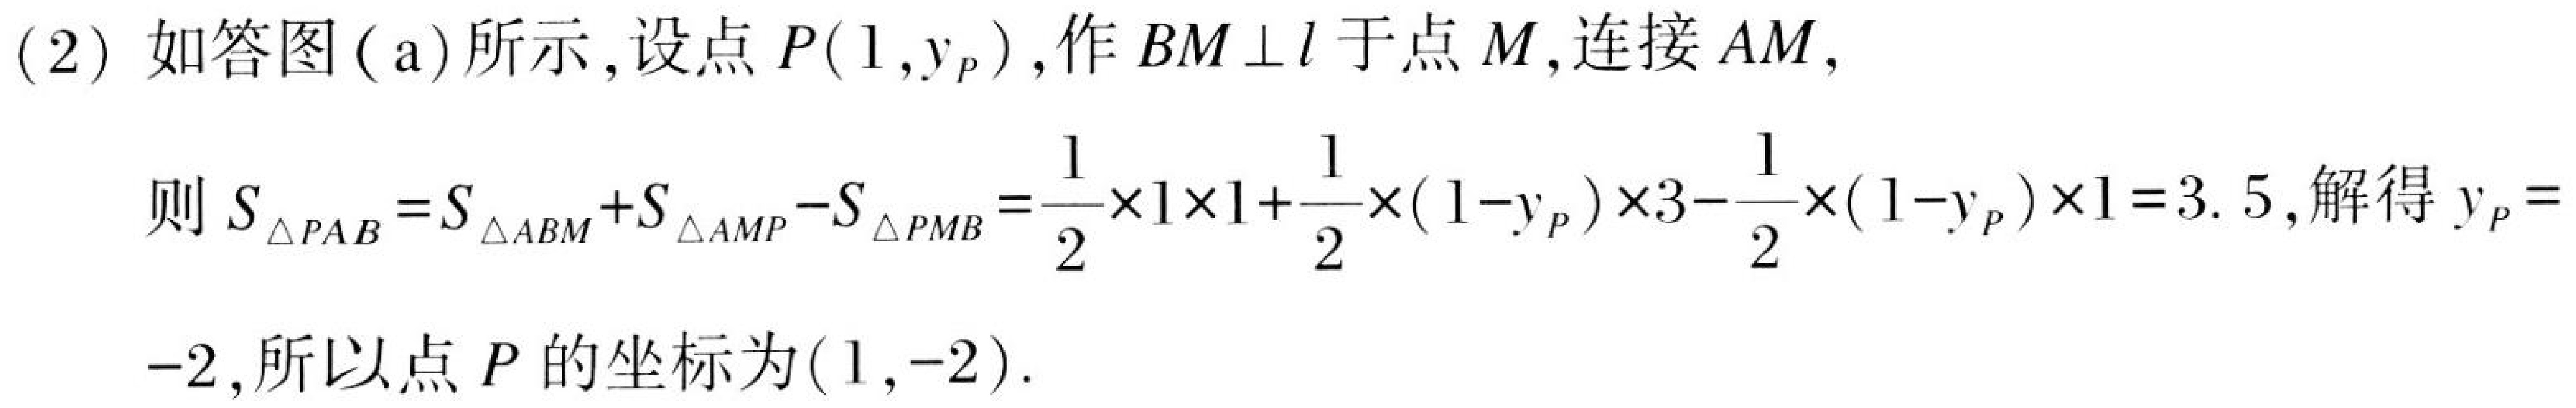
(2) 如答图(a)所示,设点\(P(1,y_{P})\),作\(BM\perp l\)于点\(M\),连接\(AM\),
则\(S_{\triangle PAB}=S_{\triangle ABM}+S_{\triangle AMP}-S_{\triangle PMB}=\frac{1}{2}\times1\times1+\frac{1}{2}\times(1 - y_{P})\times3-\frac{1}{2}\times(1 - y_{P})\times1 = 3.5\),解得\(y_{P}=
-2\),所以点\(P\)的坐标为\((1,-2)\).